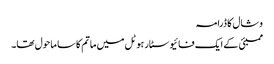
وشال کا ڈرامہ
ممبئی کے ایک فائیو سٹار ہوٹل میں ماتم کا سا ماحول تھا۔